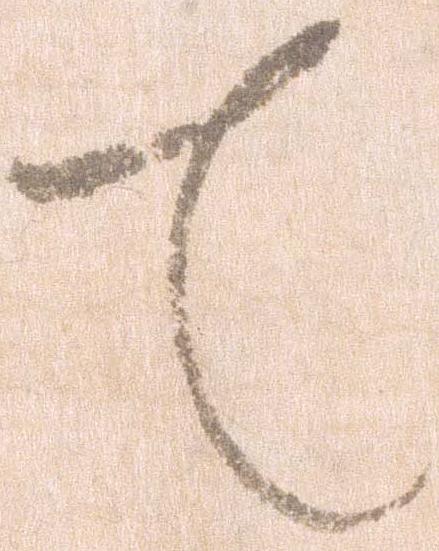
て